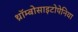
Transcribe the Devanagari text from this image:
थ्रॉम्बोसाइटोपेनिया